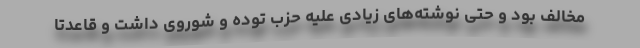
مخالف بود و حتی نوشته‌های زیادی علیه حزب توده و شوروی داشت و قاعدتا